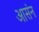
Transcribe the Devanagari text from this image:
आसंन